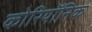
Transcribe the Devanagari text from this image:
कोरियॉनिक